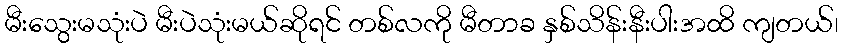
မီးသွေးမသုံးပဲ မီးပဲသုံးမယ်ဆိုရင် တစ်လကို မီတာခ နှစ်သိန်းနီးပါးအထိ ကျတယ်၊